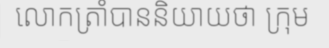
លោកត្រាំបាននិយាយថា ក្រុម